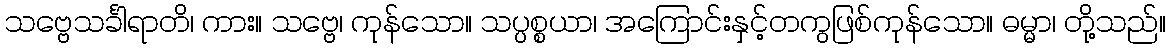
သဗ္ဗေသင်္ခါရာတိ၊ ကား။ သဗ္ဗေ၊ ကုန်သော။ သပ္ပစ္စယာ၊ အကြောင်းနှင့်တကွဖြစ်ကုန်သော။ ဓမ္မာ၊ တို့သည်။